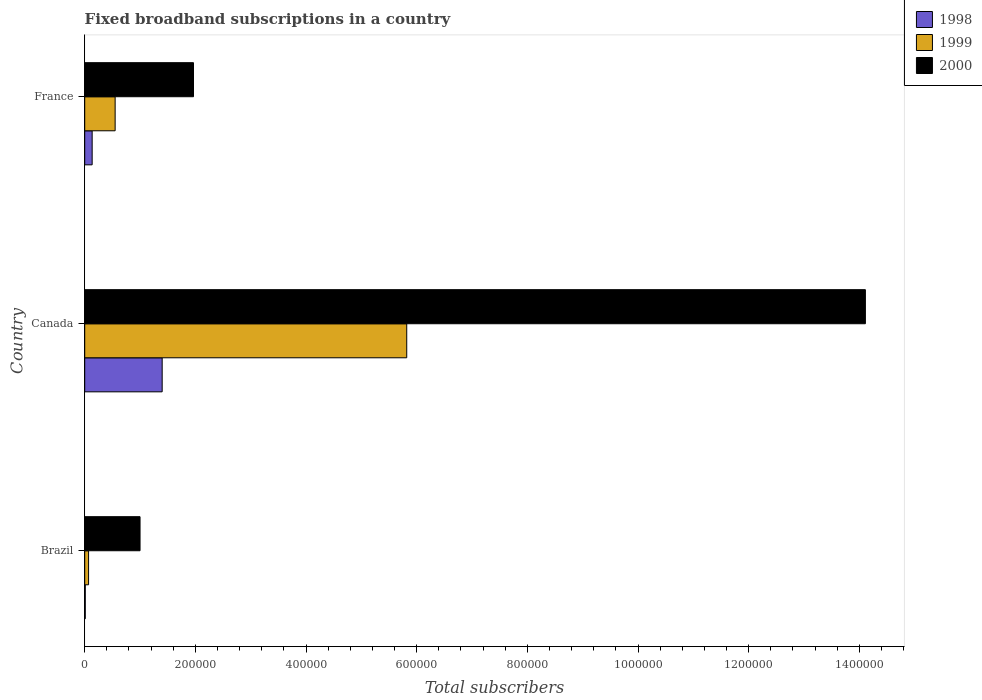
| Country | 1998 | 1999 | 2000 |
 | --- | --- | --- | --- |
 | Brazil | 1e+03 | 7e+03 | 1e+05 |
 | Canada | 1.4e+05 | 5.82e+05 | 1.41e+06 |
 | France | 1.35e+04 | 5.5e+04 | 1.97e+05 |